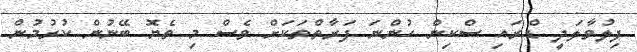
ފިލުވާލަދީ ޑްރައި ސްކިން ހުންނަ ފަރާތްތަކަށް ވެސް މި ތެޔޮ ބޭނުން ކުރުމުން